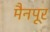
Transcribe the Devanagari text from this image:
मैनपूर